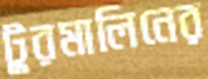
টুরমালিনের